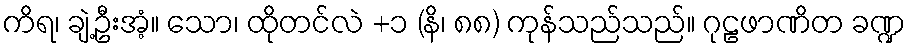
ကိရ၊ ချဲ့ဦးအံ့။ သော၊ ထိုတင်လဲ +၁ (နိ၊ ၈၈) ကုန်သည်သည်။ ဂုဠဖာဏိတ ခဏ္ဍ